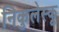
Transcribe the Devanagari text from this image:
निकुलेस्कू